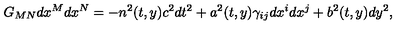
G _ { M N } d x ^ { M } d x ^ { N } = - n ^ { 2 } ( t , y ) c ^ { 2 } d t ^ { 2 } + a ^ { 2 } ( t , y ) \gamma _ { i j } d x ^ { i } d x ^ { j } + b ^ { 2 } ( t , y ) d y ^ { 2 } ,